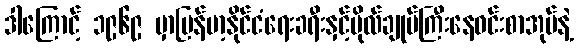
ဒါကြောင့် ၁၉၆၉ မှာမြန်မာ့နိုင်ငံရေးခရီးနှင့်ဗိုလ်ချုပ်ကြီးနေဝင်းစာအုပ်နဲ့